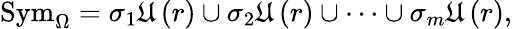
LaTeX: \mathrm{Sym}_{\Omega}=\sigma_{1}\mathfrak{U}\left(r\right)\cup\sigma_{2}\mathfrak{U}\left(r\right)\cup\cdots\cup\sigma_{m}\mathfrak{U}\left(r\right),